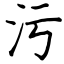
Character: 污